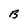
Character: B